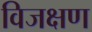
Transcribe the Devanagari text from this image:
विजक्षण